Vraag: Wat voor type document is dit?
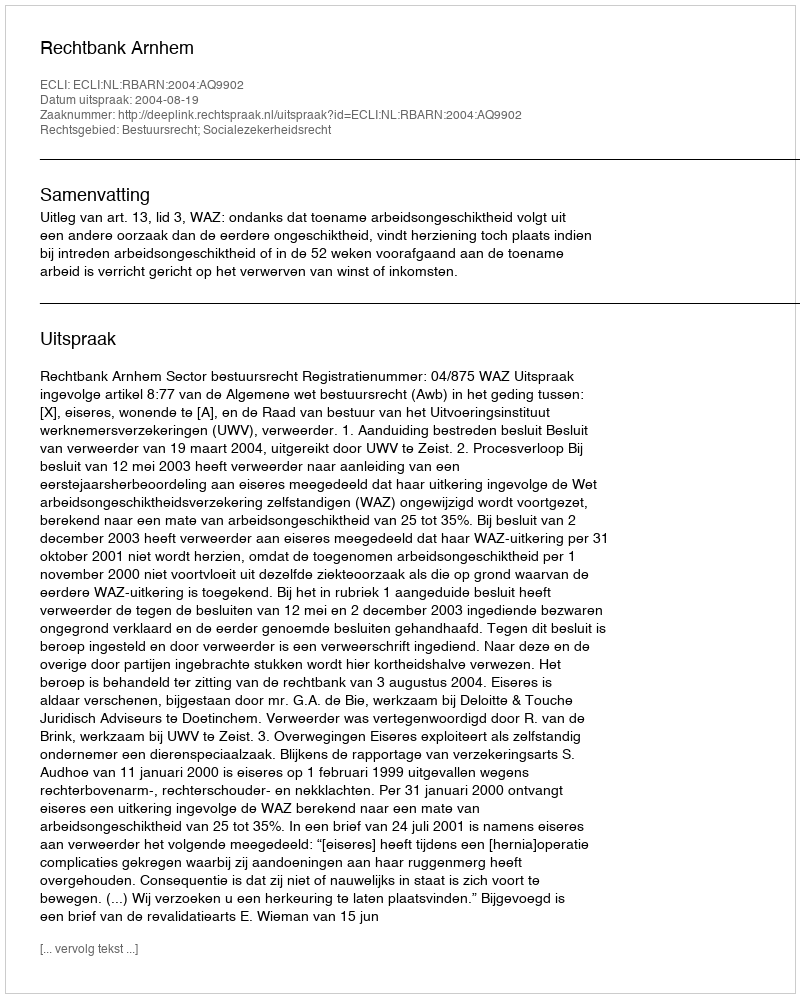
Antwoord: Uitspraak